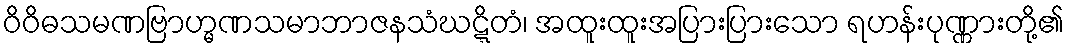
ဝိဝိဓသမဏဗြာဟ္မဏသမာဘာဇနသံဃဋ္ဋိတံ၊ အထူးထူးအပြားပြားသော ရဟန်းပုဏ္ဏားတို့၏